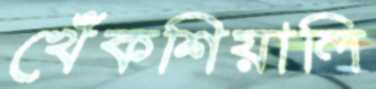
খেঁকশিয়ালি